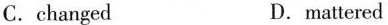
C. changed D. mattered